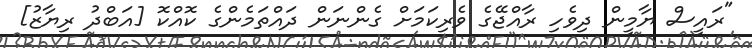
"ރައީސް ޔާމީން ދިވެހި ރާއްޖޭގެ ވެރިކަމަށް ގެންނަން ދައްތަމެންގެ ކޮއްކޮ [އަބްދު ރިޔާޒު]